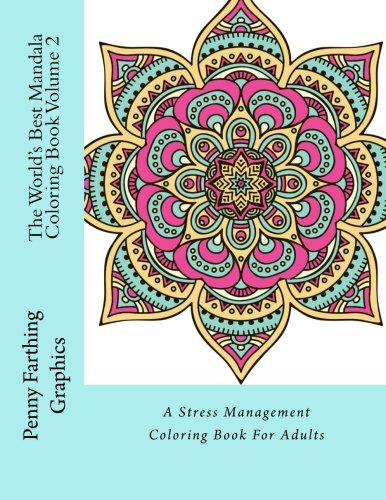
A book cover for The World's Best Mandala Coloring Book Volume 2: A Stress Management Coloring Book For Adults; Adult Coloring Books; Arts & Photography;